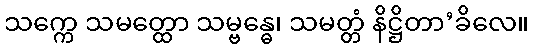
သက္ကေ သမတ္ထော သမ္ဗန္ဓေ၊ သမတ္တံ နိဋ္ဌိတာ’ခိလေ။